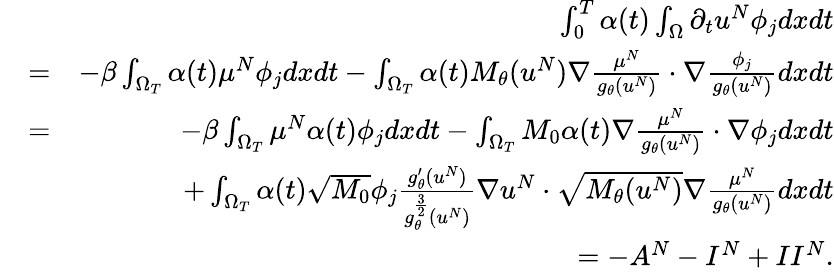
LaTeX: \begin{array}{rlr}&{}&{\int_{0}^{T}\alpha(t)\int_{\Omega}\partial_{t}u^{N}\phi_{j}dxdt}\\ &{=}&{-\beta\int_{\Omega_{T}}\alpha(t)\mu^{N}\phi_{j}dxdt-\int_{\Omega_{T}}\alpha(t)M_{\theta}(u^{N})\nabla\frac{\mu^{N}}{g_{\theta}(u^{N})}\cdot\nabla\frac{\phi_{j}}{g_{\theta}(u^{N})}dxdt}\\ &{=}&{-\beta\int_{\Omega_{T}}\mu^{N}\alpha(t)\phi_{j}dxdt-\int_{\Omega_{T}}M_{0}\alpha(t)\nabla\frac{\mu^{N}}{g_{\theta}(u^{N})}\cdot\nabla\phi_{j}dxdt}\\ &{}&{+\int_{\Omega_{T}}\alpha(t)\sqrt{M_{0}}\phi_{j}\frac{g_{\theta}^{\prime}(u^{N})}{g_{\theta}^{\frac{3}{2}}(u^{N})}\nabla u^{N}\cdot\sqrt{M_{\theta}(u^{N})}\nabla\frac{\mu^{N}}{g_{\theta}(u^{N})}dxdt}\\ &{}&{=-A^{N}-I^{N}+II^{N}.}\end{array}